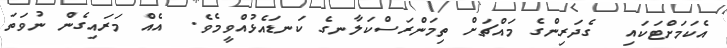
އެކަމަށްޓަކައި  ގެދަރިންގެ މައްޗަށް ތިމަންރަސްކަލާނގެ ކަނޑައެޅުއްވީމެވެ.  އެއް މަރައިގެން ނުވަތަ